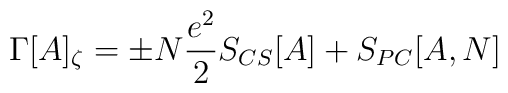
\Gamma[A]_{\zeta} =  \pm  N \frac{e^2}{2} S_{CS}[A] + S_{PC}[A,N]